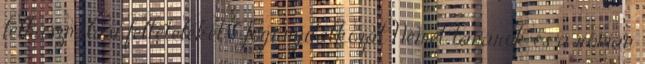
felhasználási feltételeket. Jogi nyilatkozat Német tanárok és a román